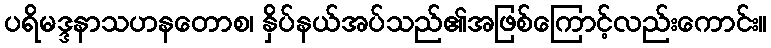
ပရိမဒ္ဒနာသဟနတောစ၊ နှိပ်နယ်အပ်သည်၏အဖြစ်ကြောင့်လည်းကောင်း။